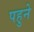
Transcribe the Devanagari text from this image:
पहुने